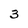
Character: 3